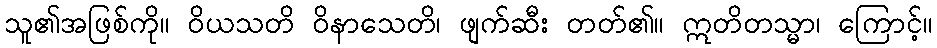
သူ၏အဖြစ်ကို။ ဝိယသတိ ဝိနာသေတိ၊ ဖျက်ဆီး တတ်၏။ ဣတိတသ္မာ၊ ကြောင့်။